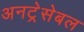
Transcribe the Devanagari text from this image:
अनट्रेसेबल